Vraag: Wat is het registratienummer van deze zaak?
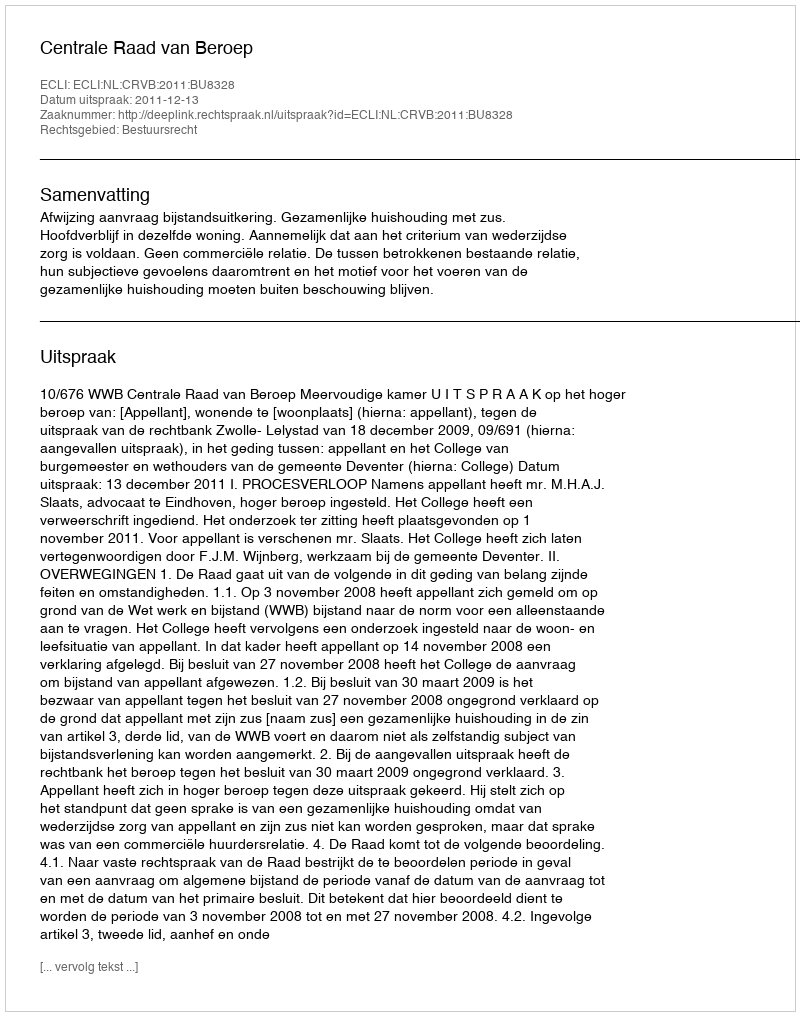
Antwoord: http://deeplink.rechtspraak.nl/uitspraak?id=ECLI:NL:CRVB:2011:BU8328